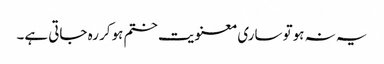
یہ نہ ہوتو ساری معنویت ختم ہوکر رہ جاتی ہے۔